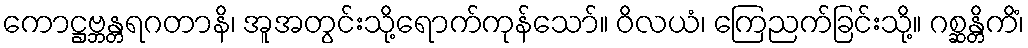
ကောဋ္ဌဗ္ဘန္တရဂတာနိ၊ အူအတွင်းသို့ရောက်ကုန်သော်။ ဝိလယံ၊ ကြေညက်ခြင်းသို့။ ဂစ္ဆန္တိကိံ၊